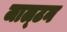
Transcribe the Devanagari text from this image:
जाल्‍टन